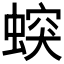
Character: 𧎛